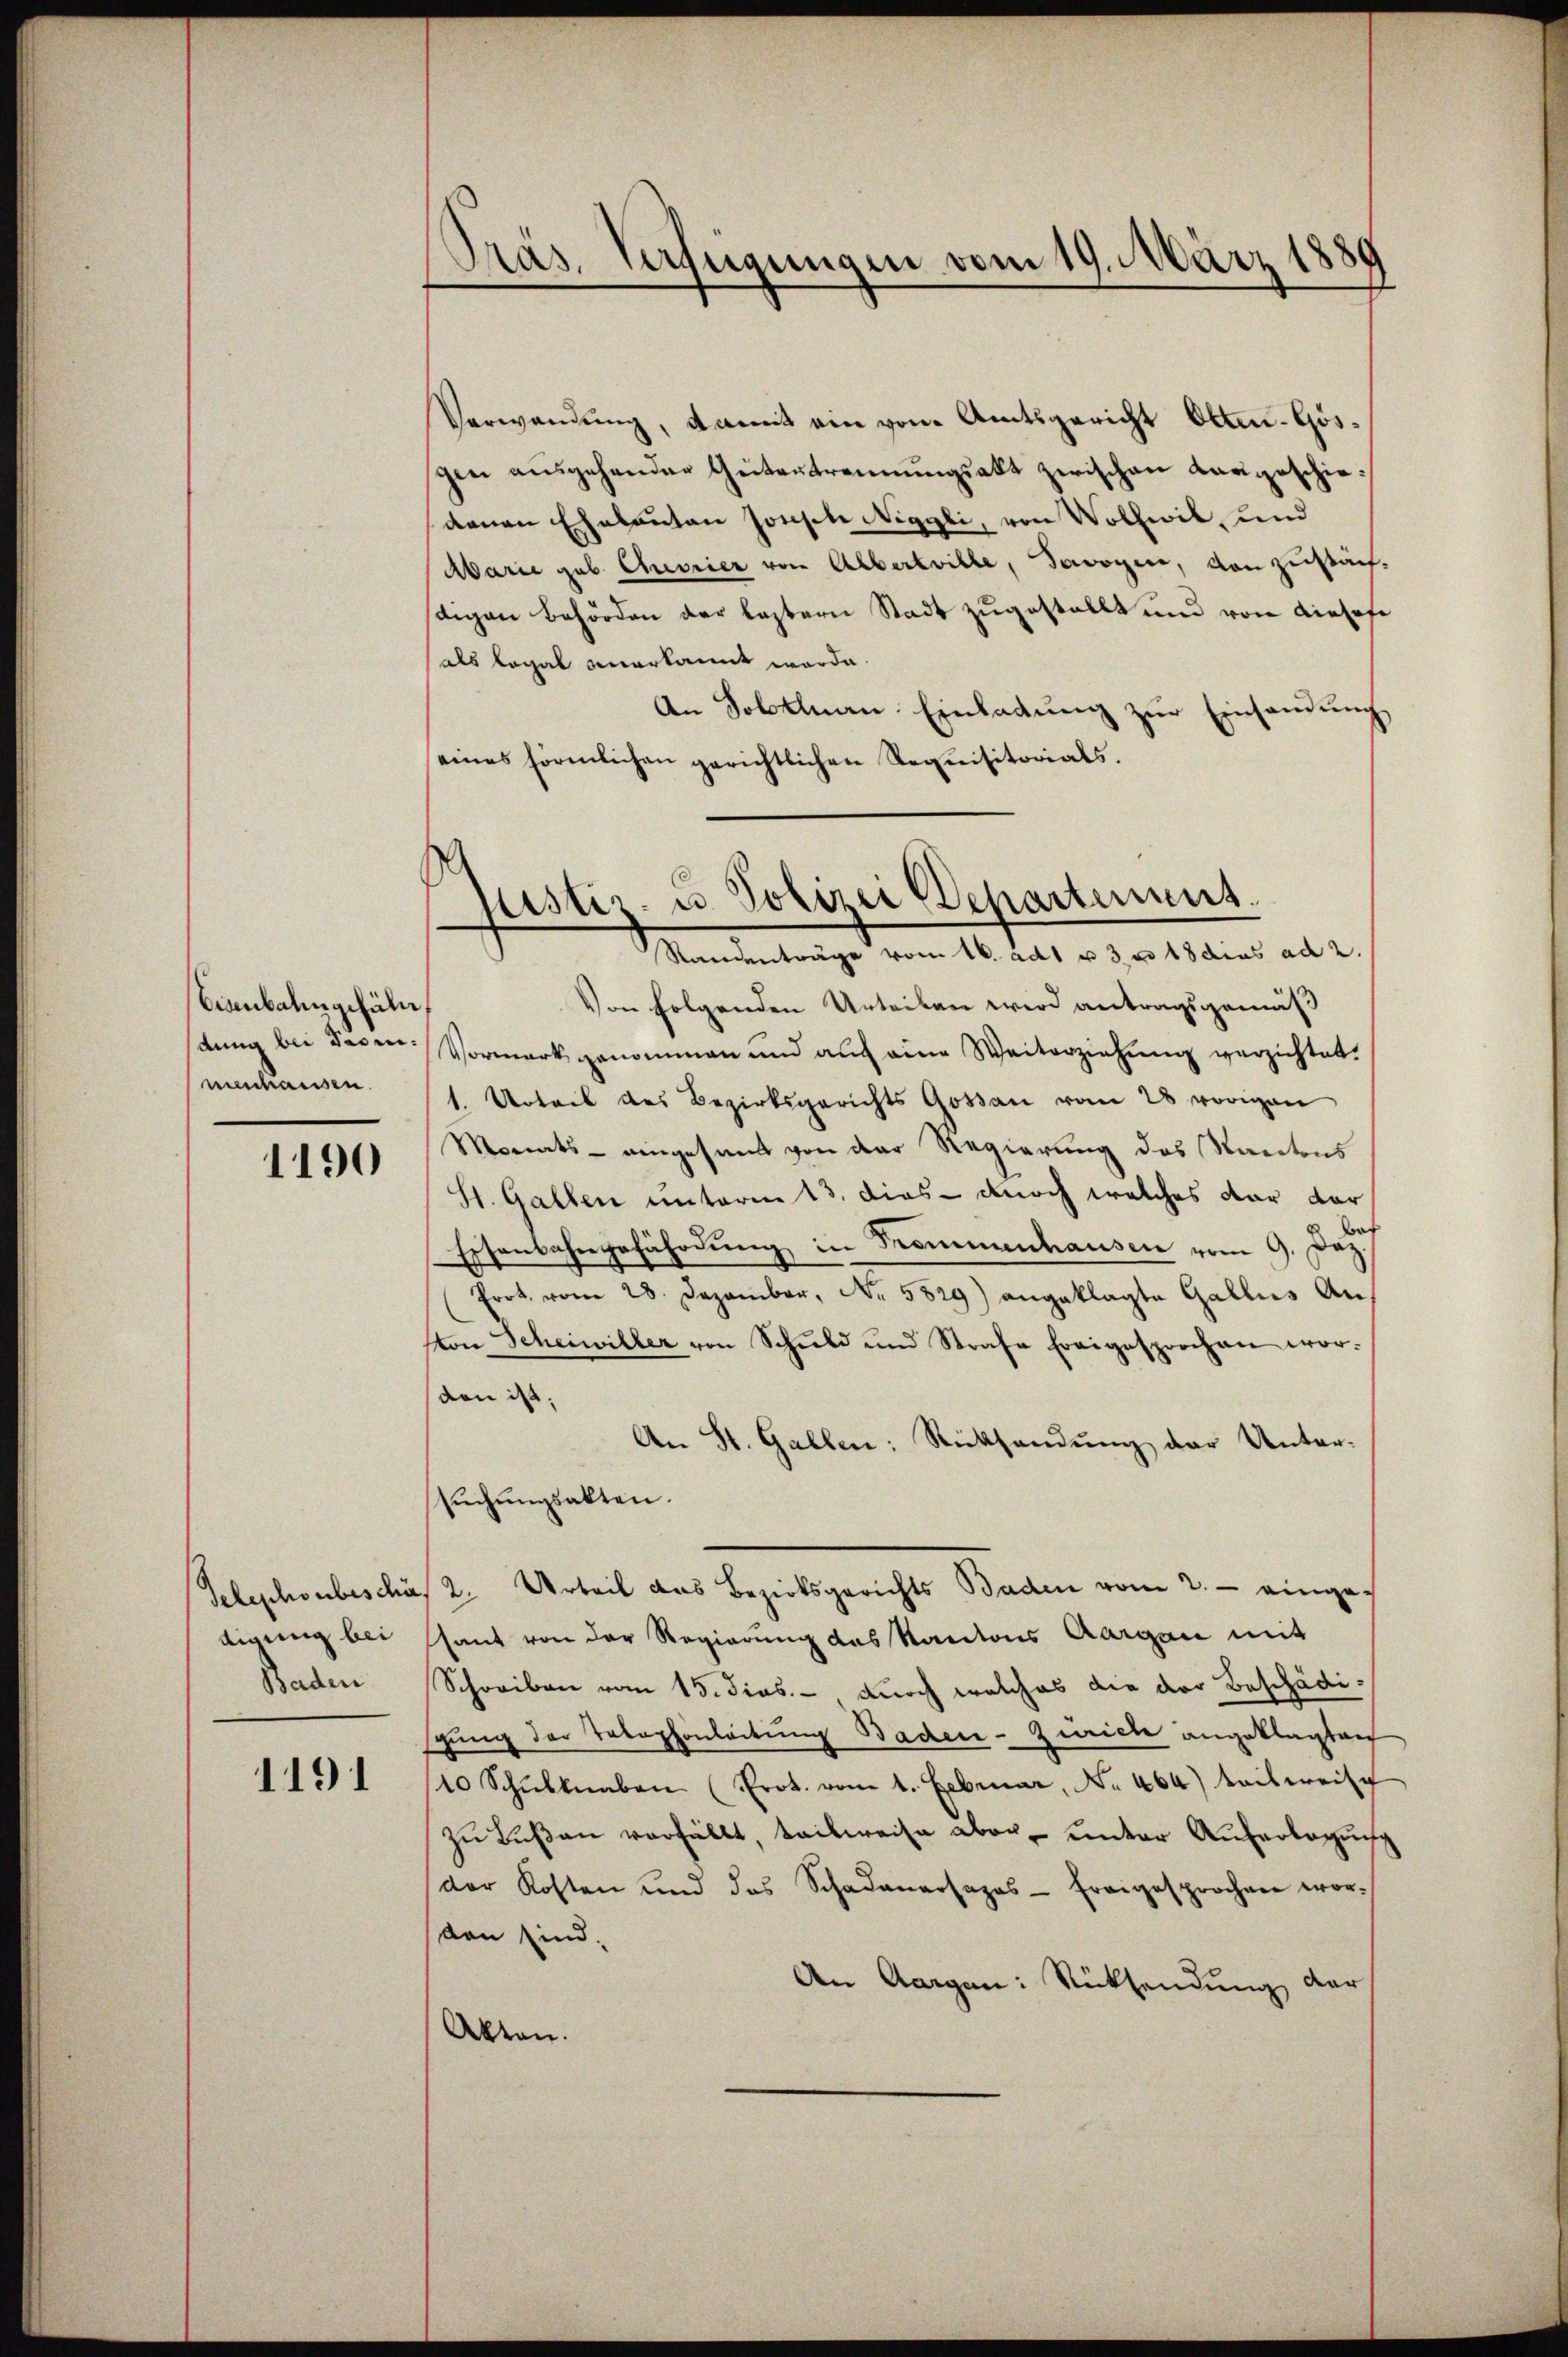
Eisenbahngeführ
dung bei Tagen.
venhausen.

1190

Telephonbeschä
digung bei
Baden

1191

Pras. Verfügungen vom 19. März 1889

(
Justiz- u. Polizei Departement.
Randenträge vom 16. ad1 u 30 18 dies ad 2.

Verwendung, damit ein von Amtsgericht Otten. Gösgen ausgehenden Gütertrennungsakt zwischen Langeschiedenen Ehebanten sonsche Niggli, von Wolhwil, und
Marie geb. Cheorier von Albertrille, Savoyen, von zusärfstigen Behörden der leztern Stadt zugestellt und von einhofe
als Legal anerkannt werde.
An Soltenen Einladung zur Einsendung
eines förmlichen gerichtlichen Requisitorials.
Von folgenden Urteilen wird antragsgemäß
Vormerk genommen und auf eine Weiterziehung verzichtet.
1. Urteil des Bezirksgerichts Gossau vom 28 vorigen
Monats - eingesammt von der Regierung des Santens
St. Gallen unterm 13. dies doch welches dar dar
Essenbahngefährdung in Trommenhausen vom 9. Dez.
fort vom 28. Dezember, No. 5829) angeklagte Gallus Anton Scheiwiller von Schuld und Strafe Ereigesprochen wor-
den ist;
An St. Gallen: Rücksendung der Untersuchungsakten.
2. Urteil das Bezirksgerichts Baden vom 2. eingessant von der Regierung des Kantons Aargau mit
Schreiben vom 15. dies. - durch welches die der Beschädischung der Telephonleitung Baden-Zwicke angeklagten
10 Schŭlknaben (Prot. vom 1. Februar, No. 464) teilweise
zŭ Bŭβen verfüllt, teilweise aber unter Auferlegung
(der Kosten und das Schadenarsapas- Fragesprochen worden sind.
An Aargau: Rücksendung der
Akten.